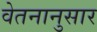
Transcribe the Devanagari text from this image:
वेतनानुसार